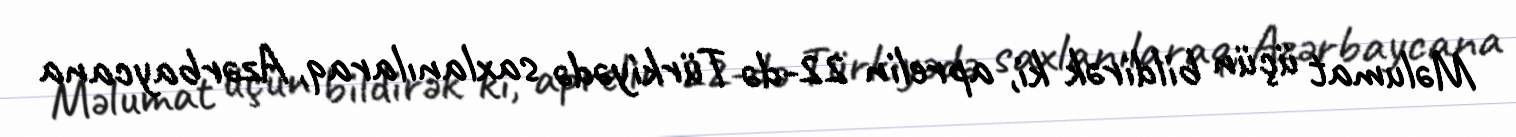
Məlumat üçün bildirək ki, aprelin 22-də Türkiyədə saxlanılaraq, Azərbaycana